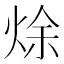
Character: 𰞩